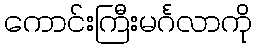
ကောင်းကြီးမင်္ဂလာကို